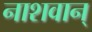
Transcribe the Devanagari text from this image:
नाशवान्‌